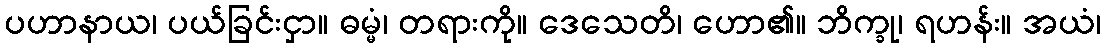
ပဟာနာယ၊ ပယ်ခြင်းငှာ။ ဓမ္မံ၊ တရားကို။ ဒေသေတိ၊ ဟော၏။ ဘိက္ခု၊ ရဟန်း။ အယံ၊